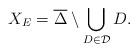
LaTeX: \begin{align*} X_E=\overline\Delta\setminus\bigcup\limits_{D\in\mathcal D}D. \end{align*}